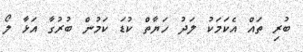
ބުރި ތައް އެކަމަކު ލަދު ހަޔާތް ކުޑަ ކަމުން ބުރުގާ އަޅާ ލޯ